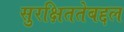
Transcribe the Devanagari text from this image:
सुरक्षिततेबद्दल